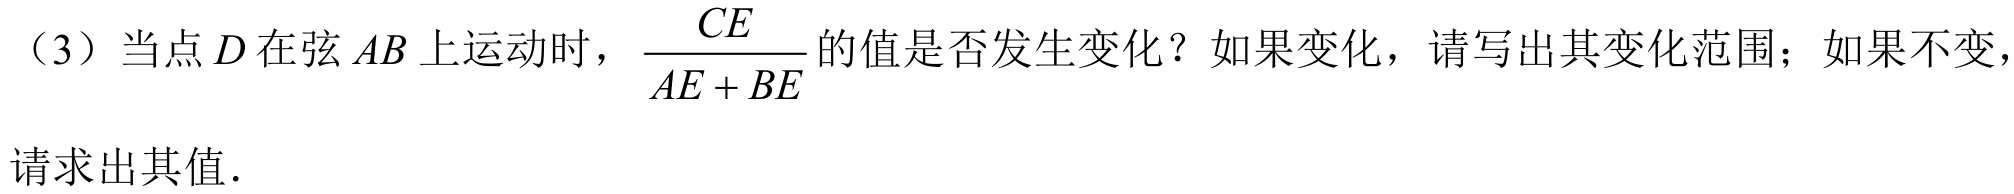
（3）当点\(D\)在弦\(AB\)上运动时，\(\dfrac{CE}{AE + BE}\)的值是否发生变化？如果变化，请写出其变化范围；如果不变，请求出其值．